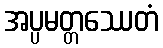
အပ္ပမတ္တဿေတံ